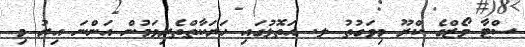
ސްޓާ ވޯޒްގެ ކްރޫ މިވަގުތު ލ. އަތޮޅުގައި ހަރަކާތްތެރިވަމުން އަންނަ އިރު މި